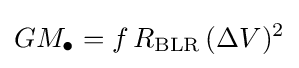
GM_{\bullet }=f\,R_{\text{BLR}}\,(\Delta V)^{2}